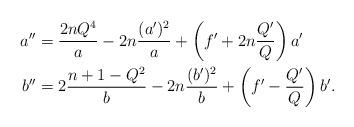
LaTeX: \begin{align*} a'' &= \frac{2nQ^4}{a} - 2n \frac{(a')^2}{a} + \left(f' +2n \frac{Q'}{Q} \right) a' \\ b'' &= 2\frac{n+1-Q^2}{b} - 2n \frac{(b')^2}{b} + \left(f'- \frac{Q'}{Q}\right) b'.\end{align*}